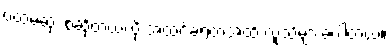
ပထမဆုံး စဆိုတယ်လို့ အထင်ခံရတဲ့အထိ လူသိများခဲ့ပါတယ်။